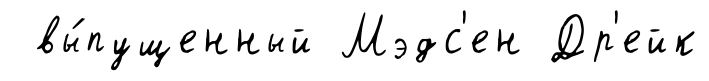
вы́пущенный Мэдс'ен Др'ейк